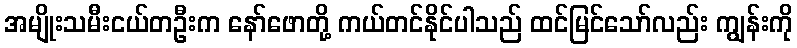
အမျိုးသမီးငယ်တဦးက နော်ဖောတို့ ကယ်တင်နိုင်ပါသည် ထင်မြင်သော်လည်း ကျွန်းကို